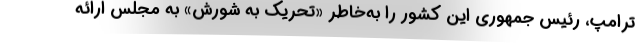
ترامپ، رئيس جمهوری این کشور را به‌خاطر «تحریک به شورش» به مجلس ارائه